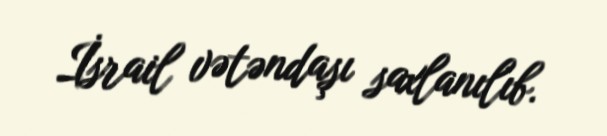
İsrail vətəndaşı saxlanılıb.